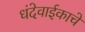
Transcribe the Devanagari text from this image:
धंदेवाईकाचे